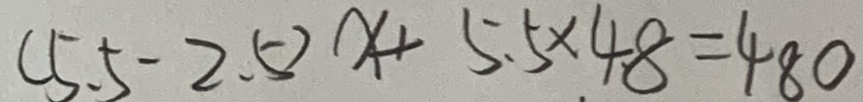
( 5 . 5 - 2 . 5 ) x + 5 . 5 \times 4 8 = 4 8 0